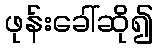
ဖုန်းခေါ်ဆို၍